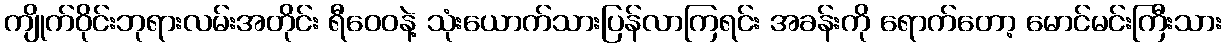
ကျိုက်ဝိုင်းဘုရားလမ်းအတိုင်း ရီဝေဝနဲ့ သုံးယောက်သားပြန်လာကြရင်း အခန်းကို ရောက်တော့ မောင်မင်းကြီးသား